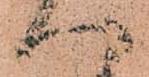
へ